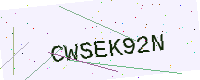
Text: CWSEK92N